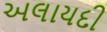
અલાયદી